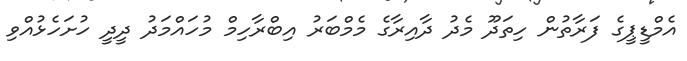
އެމްޑީޕީގެ ފަރާތުން ހިތަދޫ މެދު ދާއިރާގެ މެމްބަރު އިބްރާހިމް މުހައްމަދު ދީދީ ހުށަހެޅުއްވި